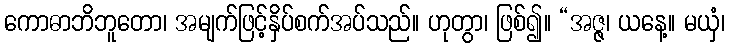
ကောဓာဘိဘူတော၊ အမျက်ဖြင့်နှိပ်စက်အပ်သည်။ ဟုတွာ၊ ဖြစ်၍။ “အဇ္ဇ၊ ယနေ့။ မယှံ၊